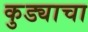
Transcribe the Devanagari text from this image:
कुड्याचा